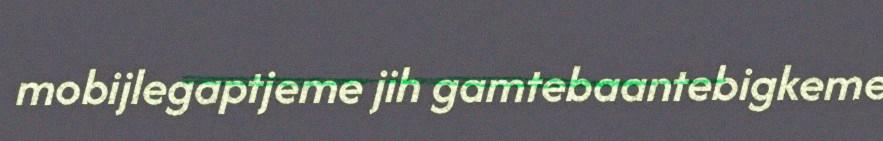
mobijlegaptjeme jih gamtebaantebigkeme